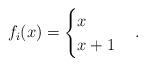
LaTeX: \begin{align*}f_i(x) = \begin{cases} x &\\ x+1 &\end{cases}.\end{align*}